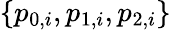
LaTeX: \{ p_{0,i},p_{1,i},p_{2,i}\}